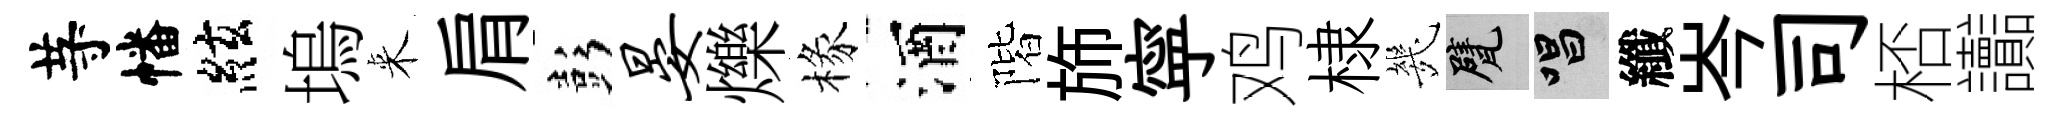
䒭幡絃塢来肩彭晏爍椽酒階斾寜鸡棣㡬甓唱纖岑司桮讟